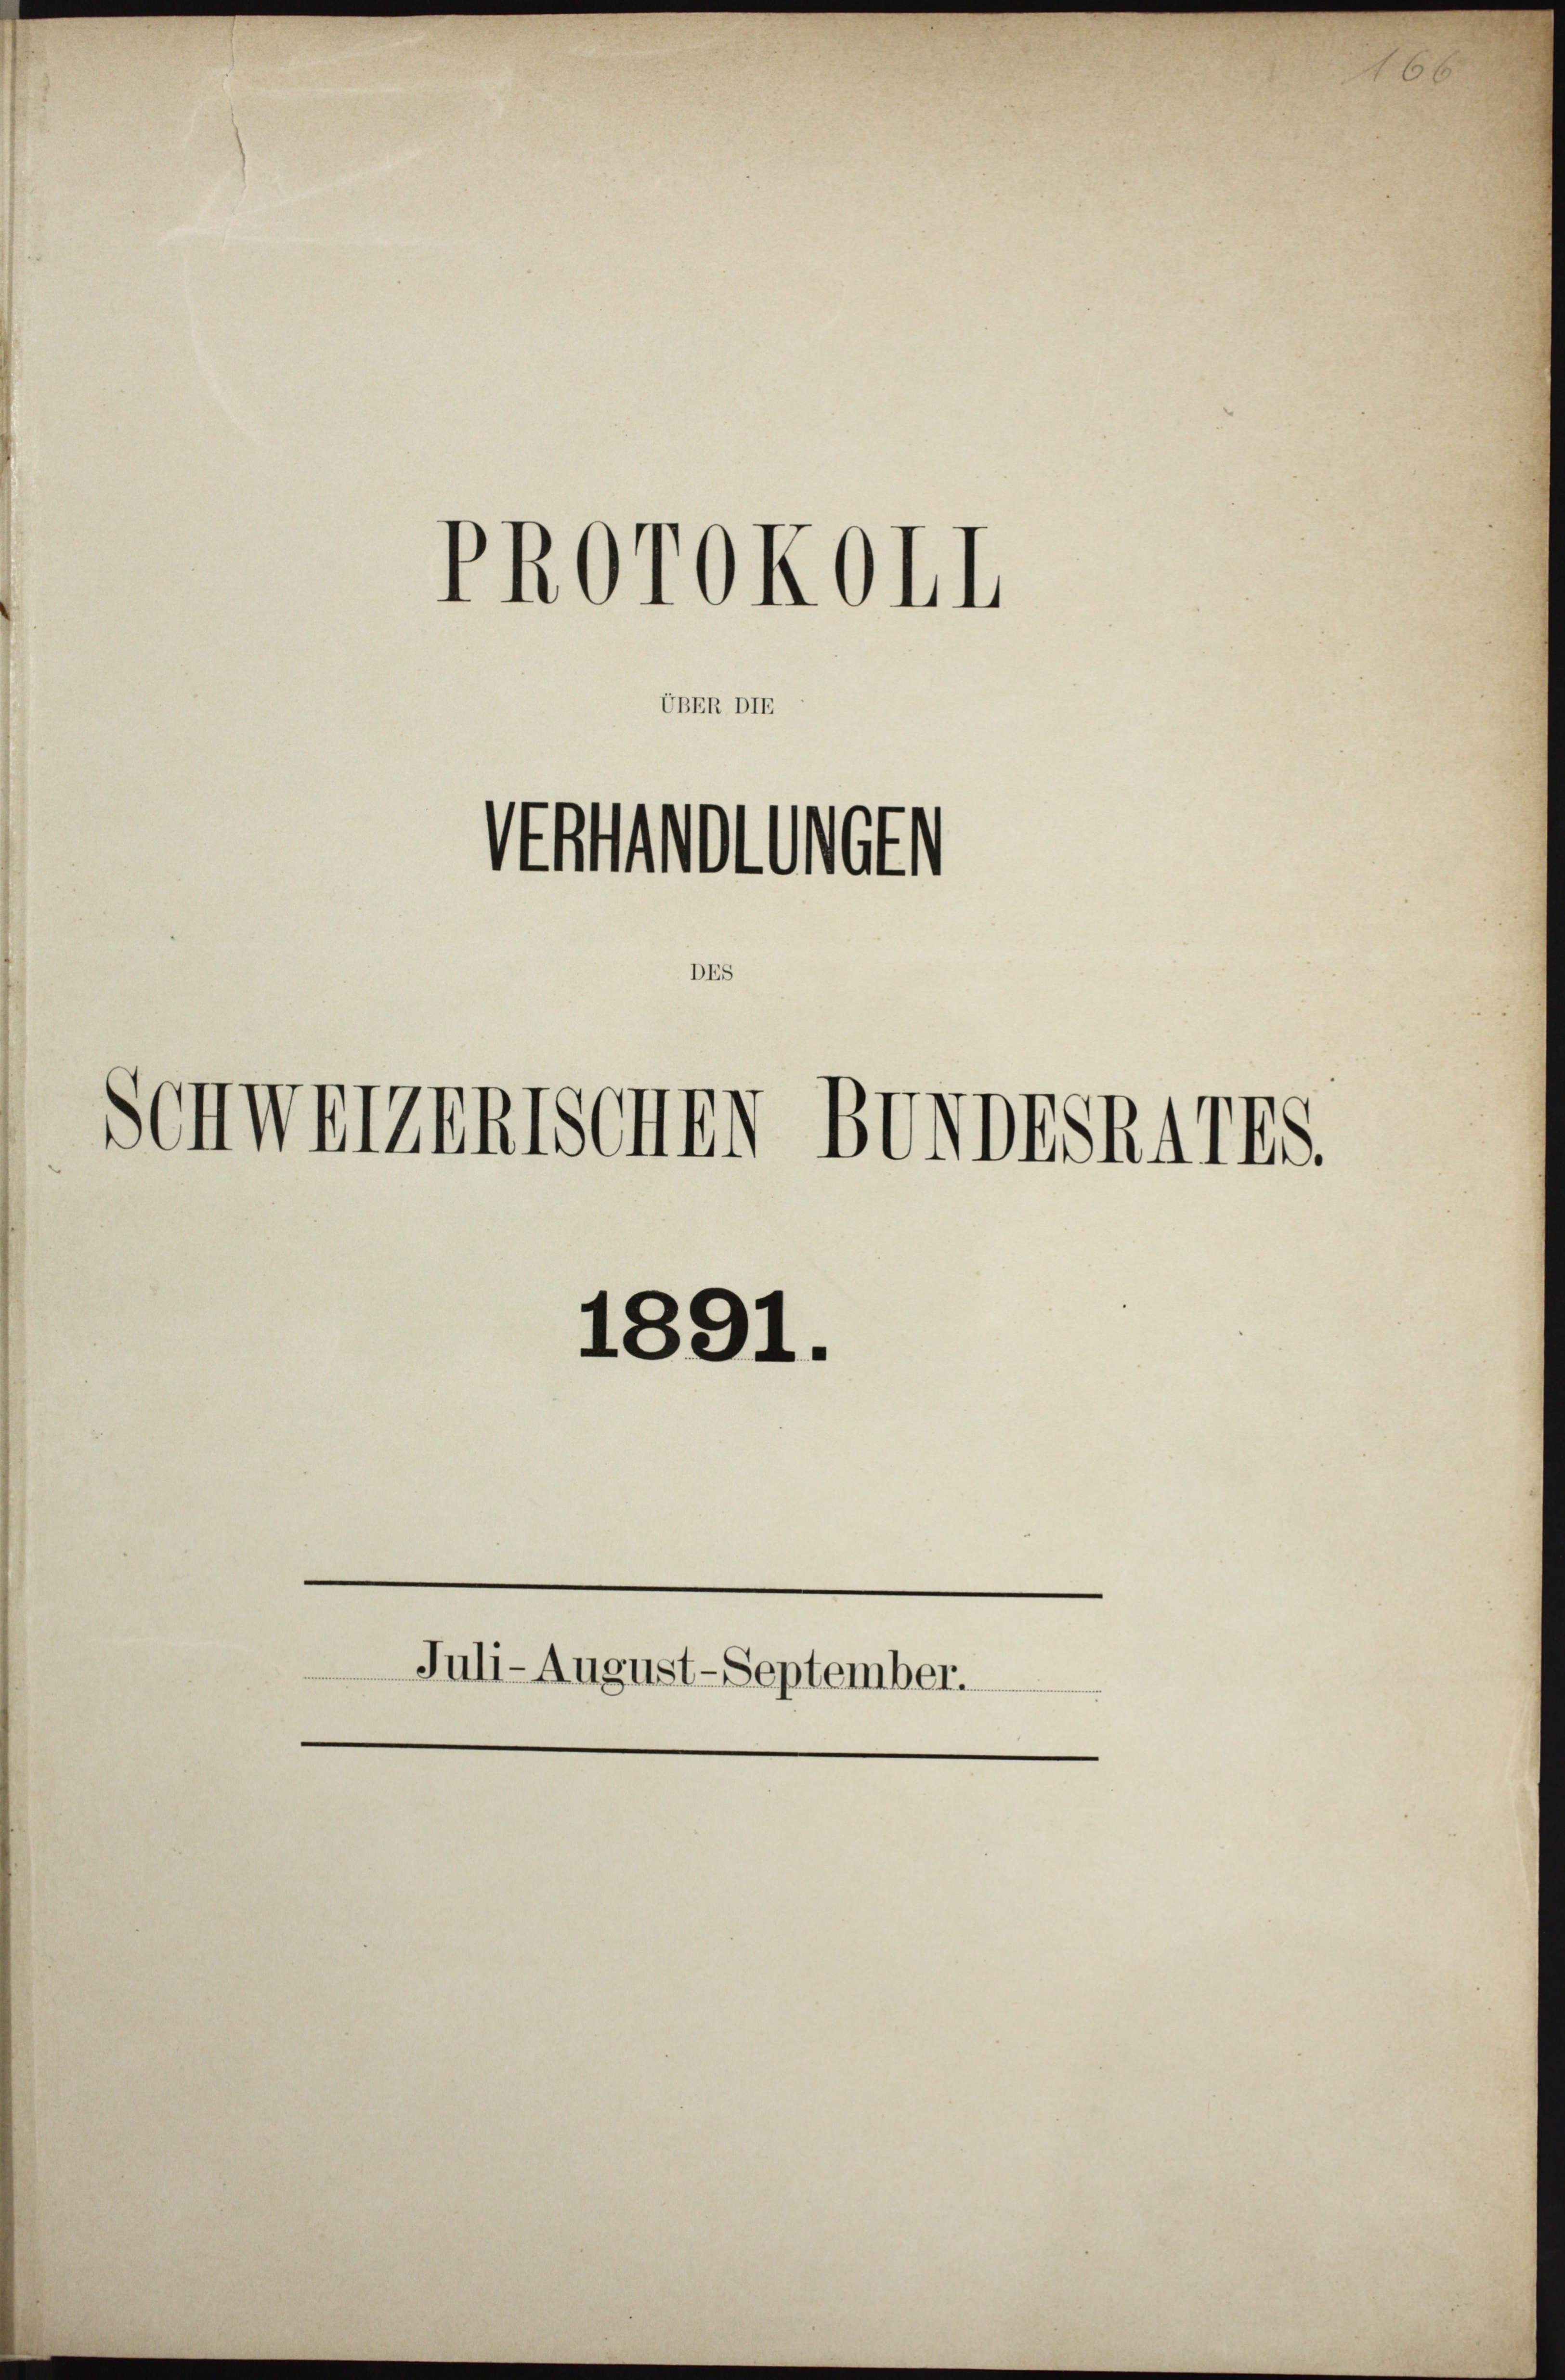
PROrokoll

UBER DIE

Statthalten
Schweizerischen Bundeskarts.
1891.
Juli-August-September.

166